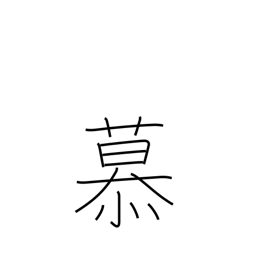
Meaning: love dearly